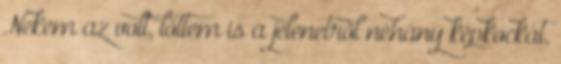
Nekem az volt, lőttem is a jelenetről néhány képkockát,